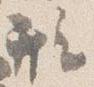
形